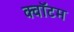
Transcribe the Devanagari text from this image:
क्‍वॉटम